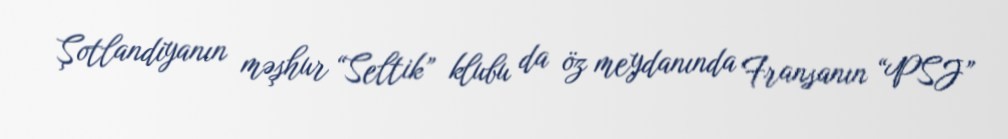
Şotlandiyanın məşhur “Seltik” klubu da öz meydanında Fransanın “PSJ”